Civil Veterinary Department. Madras. Admin. report 1926-33 - 1926-1933
Year: 1926
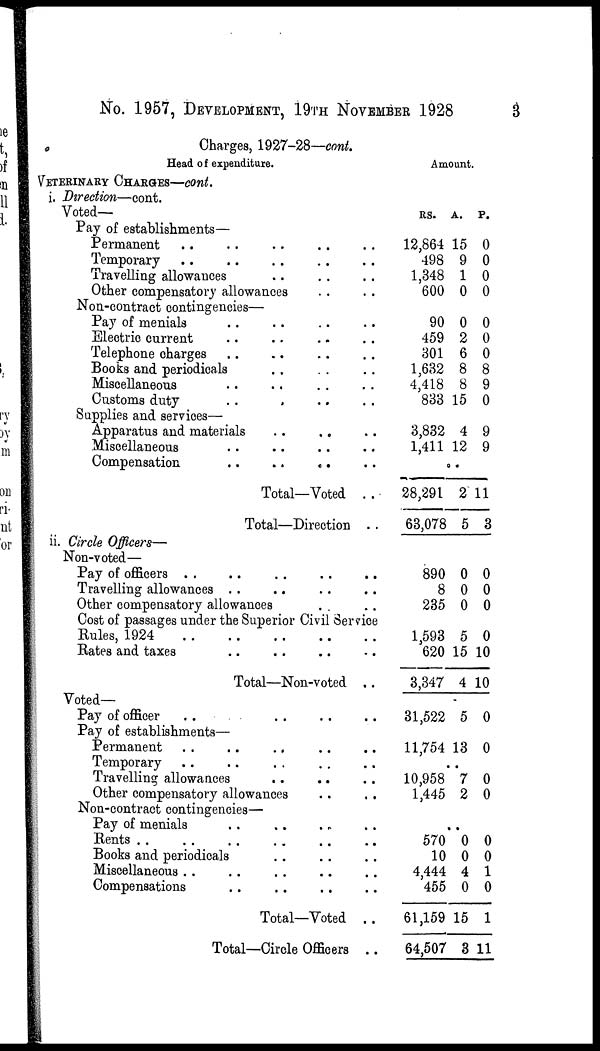
No. 1957, DEVELOPMENT, 19TH NOVEMBER 1928
3
Charges, 1927-28—cont.
Head of expenditure.
VETERINARY CHARGES—cont.
i. Direction—cont.
Voted—
Pay of establishments—
Permanent .. .. .. .. ..
Temporary
..
..
..
..
..
Travelling allowances .. .. ..
Other compensatory allowances .. ..
Non-contract contingencies—
Pay of menials .. .. .. ..
Electric current .. .. .. ..
Telephone charges .. .. .. ..
Books and periodicals .. .. ..
Miscellaneous .. .. .. ..
Customs duty .. .. .. ..
Supplies and services—
Apparatus and materials .. .. ..
Miscellaneous .. .. .. ..
Compensation
..
..
..
..
Total—Voted ..
Total—Direction ..
ii. Circle Officers—
Non-voted—
Pay of officers .. .. .. .. ..
Travelling allowances .. .. .. ..
Other compensatory allowances .. ..
Cost of passages under the Superior Civil Service
Rules, 1924
..
..
..
..
..
Bates and taxes .. .. .. ..
Total—Non-voted ..
Voted—
Pay of officer .. .. .. ..
Pay of establishments—
Permanent .. .. .. .. ..
Temporary .. .. .. .. ..
Travelling allowances .. .. ..
Other compensatory allowances .. ..
Non-contract contingencies—
Pay of menials .. .. .. ..
Rents .. .. .. .. ..
Books and periodicals .. .. ..
Miscellaneous .. .. .. .. .. ..
Compensations .. .. .. ..
Total—Voted ..
Total—Circle Officers ..
Amount.
RS.
12,864 1
498
1,348
600
90
459
301
1,632
4,418
833
3,832
1,411
..
28,291
63,078
890
8
235
1,593
620
3,347
31,522
11,754
..
10,958
1,445
.
570
10
4,444
455
61,159
64,507
A.
5
9
1
0
0
2
6
8
8
15
4
12
2 1
5
0
0
0
5
15 1
4 1
5
13
7
2
.
0
0
4
0
15
3
P.
0
0
0
0
0
0
0
8
9
0
9
9
1
3
0
0
0
0
0
0
0
0
0
0
0
0
1
0
1
11